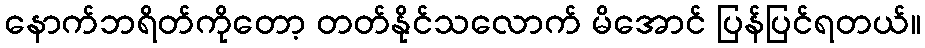
နောက်ဘရိတ်ကိုတော့ တတ်နိုင်သလောက် မိအောင် ပြန်ပြင်ရတယ်။